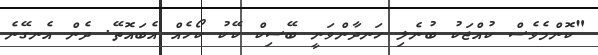
"ކޮންމެވެސް ކުއްޖަކު ބުނެލި ހަނދާންވަނީ ބޭސިކް ކޭކު ކޯހެއް އެބައޮތޭ. ދެން އެނގޭނެ